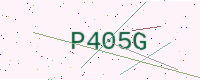
Text: P405G